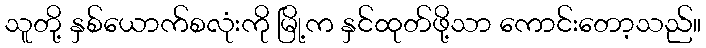
သူတို့ နှစ်ယောက်စလုံးကို မြို့က နှင်ထုတ်ဖို့သာ ကောင်းတော့သည်။